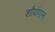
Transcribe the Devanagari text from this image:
शौर्यगान